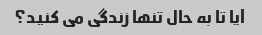
آیا تا به حال تنها زندگی می کنید؟